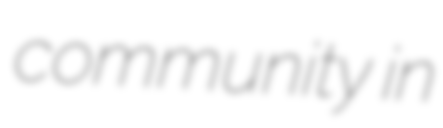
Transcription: community in